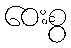
ဝေးစွ